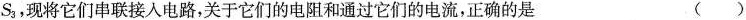
S3，现将它们串联接入电路，关于它们的电阻和通过它们的电流，正确的是 ()